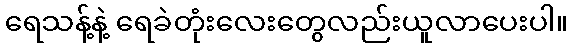
ရေသန့်နဲ့ ရေခဲတုံးလေးတွေလည်းယူလာပေးပါ။